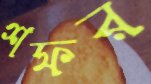
শফর